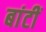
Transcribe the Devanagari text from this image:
बांटीं